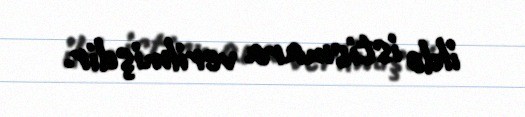
ildə istismara verilmişdir.